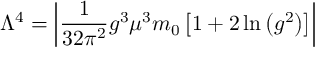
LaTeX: \Lambda ^ { 4 } = \left| { \frac { 1 } { 3 2 \pi ^ { 2 } } } g ^ { 3 } \mu ^ { 3 } m _ { 0 } \left[ 1 + 2 \ln \left( g ^ { 2 } \right) \right] \right|